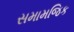
સમામજિક